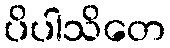
ပိပါသိတေ